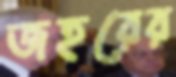
জহরের